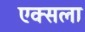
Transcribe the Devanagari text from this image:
एक्सला